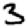
Digit: 3